Reports on military cantonments and civil stations in the Presidency of Bombay inspected by the Sanitary Commissioner in the years 1875 and 1876
Year: 1875
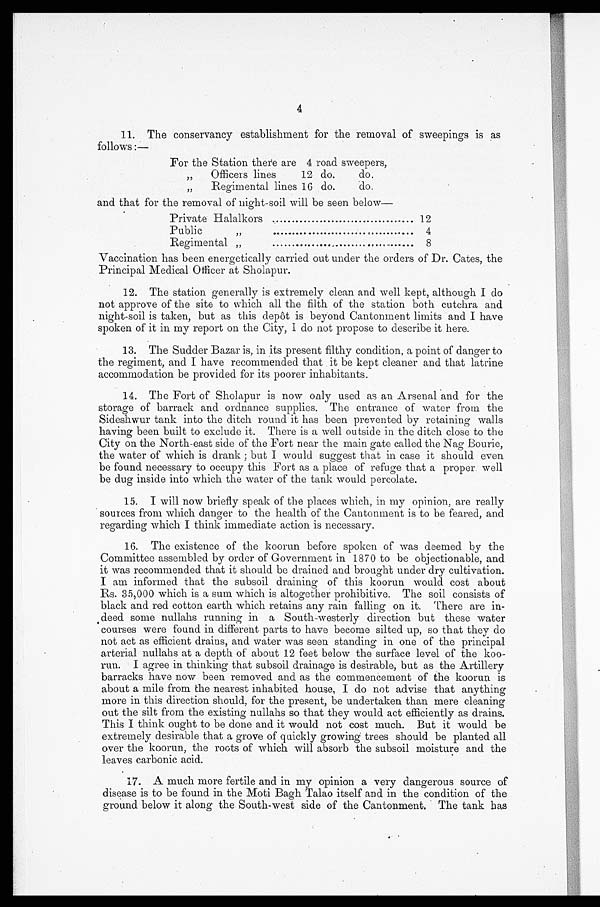
4
11. The conservancy establishment for the removal of sweepings is as
follows :—
For the Station there are 4 road sweepers,
,,
Officers lines
12 do.
do.
, , R e g i m e n t a l l i n e s 16 do.
do.
and that for the removal of night-soil will be seen below
Private Halalkors
12
Public
,,
4
Regimental „
8
Vaccination has been energetically carried out under the orders of Dr. Cates, the
Principal Medical Officer at Sholapur.
12. The station generally is extremely clean and well kept, although I do
not approve of the site to which all the filth of the station both cutchra and
night-soil is taken, but as this depôt is beyond Cantonment limits and I have
spoken of it in my report on the City, I do not propose to describe it here.
13. The Sudder Bazar is, in its present filthy condition, a point of danger to
the regiment, and I have recommended that it be kept cleaner and that latrine
accommodation be provided for its poorer inhabitants.
14. The Fort of Sholapur is now only used as an Arsenal and for the
storage of barrack and ordnance supplies. The entrance of water from the
Sideshwur tank into the ditch round it has been prevented by retaining walls
having been built to exclude it. There is a well outside in the ditch close to the
City on the North-east side of the Fort near the main gate called the Nag Bourie,
the water of which is drank ; but I would suggest that in case it should even
be found necessary to occupy this Fort as a place of refuge that a proper well
be dug inside into which the water of the tank would percolate.
15. I will now briefly speak of the places which, in my opinion, are really
sources from which danger to the health of the Cantonment is to be feared, and
regarding which I think immediate action is necessary.
16. The existence of the koorun before spoken of was deemed by the
Committee assembled by order of Government in 1870 to be objectionable, and
it was recommended that it should be drained and brought under dry cultivation.
I am informed that the subsoil draining of this koorun would cost about
Rs. 35,000 which is a sum which is altogether prohibitive. The soil consists of
black and red cotton earth which retains any rain falling on it. There are in-
deed some nullahs running in a South-westerly direction but these water
courses were found in different parts to have become silted up, so that they do
not act as efficient drains, and water was seen standing in one of the principal
arterial nullahs at a depth of about 12 feet below the surface level of the koo-
run. I agree in thinking that subsoil drainage is desirable, but as the Artillery
barracks have now been removed and as the commencement of the koorun is
about a mile from the nearest inhabited house, I do not advise that anything
more in this direction should, for the present, be undertaken than mere cleaning
out the silt from the existing nullahs so that they would act efficiently as drains.
This I think ought to be done and it would not cost much. But it would be
extremely desirable that a grove of quickly growing trees should be planted all
over the koorun, the roots of which will absorb the subsoil moisture and the
leaves carbonic acid.
17. A much more fertile and in my opinion a very dangerous source of
disease is to be found in the Moti Bagh Talao itself and in the condition of the
ground below it along the South-west side of the Cantonment. The tank has